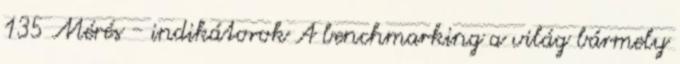
135 Mérés - indikátorok A benchmarking a világ bármely